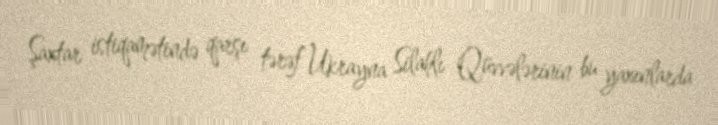
Şaxtar istiqamətində qarşı tərəf Ukrayna Silahlı Qüvvələrinin bu yaxınlarda